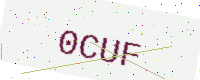
Text: 0CUF